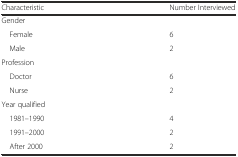
<table><thead><tr><td><b>Characteristic</b></td><td><b>Number Interviewed</b></td></tr></thead><tbody><tr><td>Gender</td><td></td></tr><tr><td> Female</td><td>6</td></tr><tr><td> Male</td><td>2</td></tr><tr><td>Profession</td><td></td></tr><tr><td> Doctor</td><td>6</td></tr><tr><td> Nurse</td><td>2</td></tr><tr><td colspan="2">Year qualified</td></tr><tr><td> 1981–1990</td><td>4</td></tr><tr><td> 1991–2000</td><td>2</td></tr><tr><td> After 2000</td><td>2</td></tr></tbody></table>